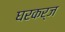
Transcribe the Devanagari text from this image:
घरकर्ज